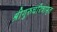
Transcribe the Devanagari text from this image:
श्रीगुरुचरित्रामृत